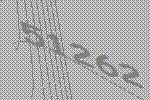
51262